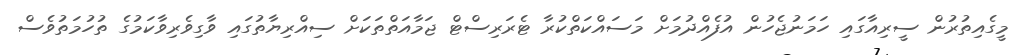
މީގެއިތުރުން ސީރިއާގައި ހަމަނުޖެހުން އުފެއްދުމަށް މަސައްކަތްކުރާ ޓެރަރިސްޓް ޖަމާއަތްތަކަށް ސިއްރިޔާތުގައި ވާގިވެރިވާކަމުގެ ތުހުމަތުވެސް